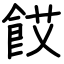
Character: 餀